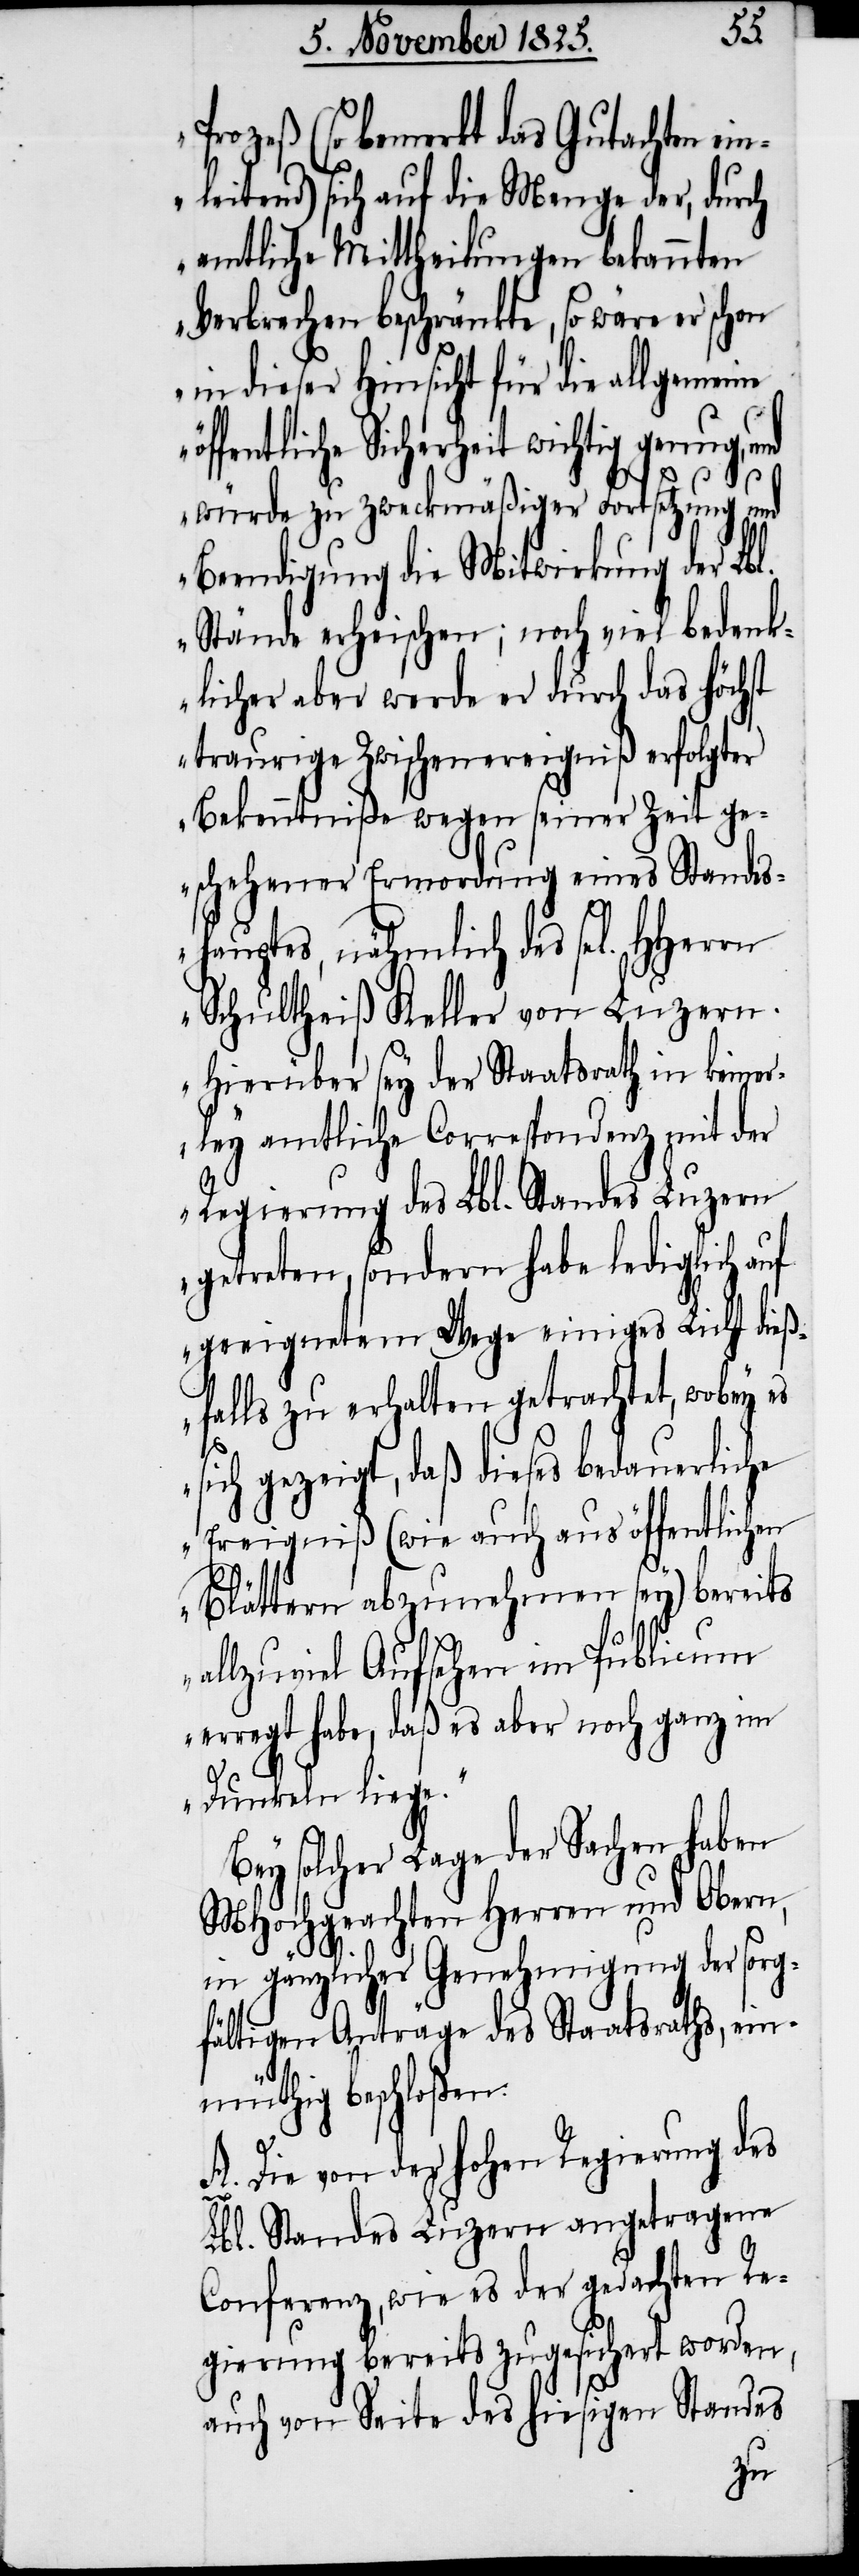
nug,
Prozeß (so bemerkt das Gutachten ein¬
leitend) sich auf die Menge der, durch
amtliche Mittheilungen bekannten
Verbrechen beschränkte, so wäre er
in dieser Hinsicht für die allgemeine
fentliche Sicherheit wichtig ge¬
würde zu zweckmäßiger Fortsetzung und
Beendigung die Mitwirkung der Lbl.
Stände erheischen; noch viel bedenk¬
licher aber werde er durch das höchst
traurige Zwischenereigniß erfolgter
Bekenntniße wegen seiner Zeit ge¬
schehener Ermordung eines Standes¬
hauptes, nähmlich des se[ligen]
Schultheiß Keller von Luzern.
Hierüber sey der Staatsrath in keiner¬
ley amtliche Correspondenz mit der
Regierung des Lbl. Standes Luzern
getreten, sondern habe lediglich auf
geeignetem Wege einiges Licht dieß¬
falls zu erhalten getrachtet, wobey es
öf¬
sich gezeigt, daß dieses bedauerliche
Ereigniß (wie auch aus öffentlichen
Blättern abzunehmen sey) bereits
allzuviel Aufsehen im Publicum
erregt habe, daß es aber noch ganz im
Dunkeln liege.“
Bey solcher Lage der Sachen haben
MHochgeachten Herren und Obern,
in gänzliche Genehmigung der sorg¬
fältigen Anträge des Staatsraths, ein¬
müthig beschloßen:
A. Die von der hohen Regierung des
Lbl. Standes Luzern angetragene
Conferenz, wie es der gedachten Re¬
gierung bereits zugesichert worden,
auch von Seite des hiesigen Standes